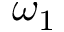
\omega _ { 1 }